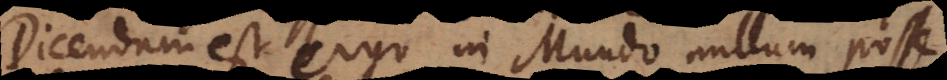
Dicendum est ergo in Mundo nullum posse